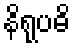
နိရုပဓိ